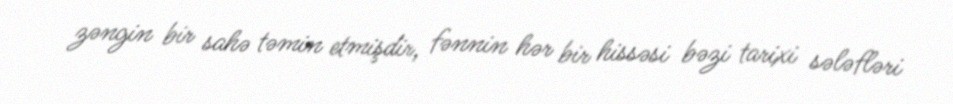
zəngin bir sahə təmin etmişdir, fənnin hər bir hissəsi bəzi tarixi sələfləri